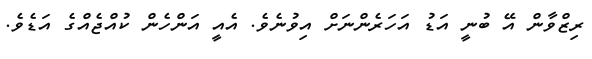
ރިޒްވާން އޭ ބުނީ އަޑު އަހަރެންނަށް އިވުނެވެ. އެއީ އަންހެން ކުއްޖެއްގެ އަޑެވެ.